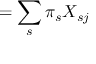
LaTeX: = \sum _ { s } \pi _ { s } X _ { s j }